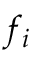
f _ { i }